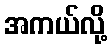
အကယ်လို့